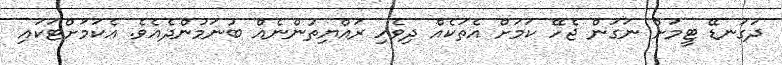
ދަގަނޑޭ ޓީމަށް ނަގަން ޖެހޭ ކަމަށް އެތަކެއް ދިވެހި ރައްޔިތުންނެއް ބުނަމުންދެއެވެ. އެކަމަށްޓަކައި